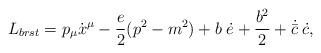
LaTeX: \begin{align*}L_{brst} = p_{\mu} \dot x^{\mu} - \frac{e}{2} (p^2 - m^2) + b \;\dot e+ \frac{b^2}{2} + \dot {\bar c}\; \dot c,\end{align*}